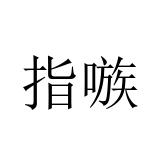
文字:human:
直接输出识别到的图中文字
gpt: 指嗾